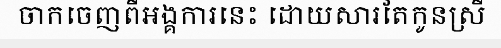
ចាកចេញពីអង្គការនេះ ដោយសារតែកូនស្រី